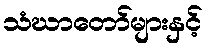
သံဃာတော်များနှင့်